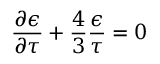
\frac { \partial \epsilon } { \partial \tau } + \frac { 4 } { 3 } \frac { \epsilon } { \tau } = 0